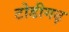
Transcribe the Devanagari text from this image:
टोडीगढ़